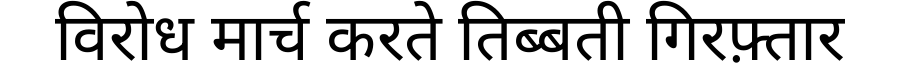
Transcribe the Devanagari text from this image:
विरोध मार्च करते तिब्बती गिरफ़्तार